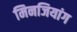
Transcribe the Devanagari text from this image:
मिनजियांग